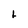
Character: L